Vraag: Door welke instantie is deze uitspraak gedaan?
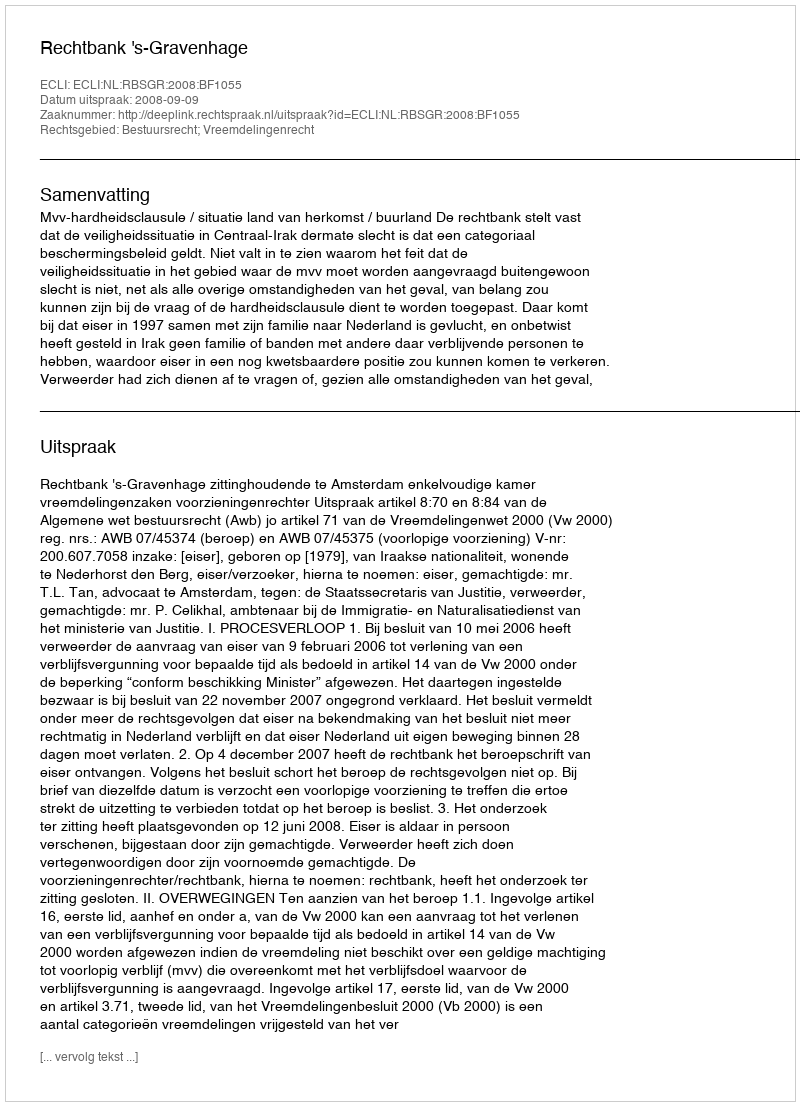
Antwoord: Rechtbank 's-Gravenhage